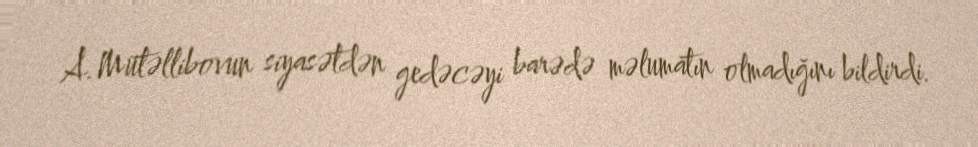
A.Mütəllibovun siyasətdən gedəcəyi barədə məlumatın olmadığını bildirdi.